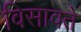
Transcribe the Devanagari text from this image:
विसावते